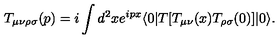
T _ { \mu \nu \rho \sigma } ( p ) = i \int d ^ { 2 } x e ^ { i p x } \langle 0 \vert T \lbrack T _ { \mu \nu } ( x ) T _ { \rho \sigma } ( 0 ) \rbrack \vert 0 \rangle .